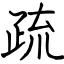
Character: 疏